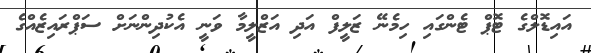
އައިޑޮލްގެ ޓޮޕް ޓެންގައި ހިމެނޭ ޒަލީފް އަދި އަޒްލީމާ ވަނީ އެކުދިންނަށް ސަޕްރައިޒެއްގެ